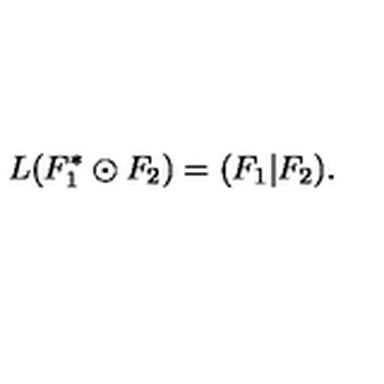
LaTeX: L ( F _ { 1 } ^ { * } \odot F _ { 2 } ) = ( F _ { 1 } | F _ { 2 } ) .